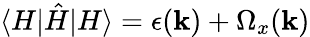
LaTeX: \langle H|\hat{H}|H\rangle=\epsilon(\mathbf{k})+\Omega_{x}(\mathbf{k})